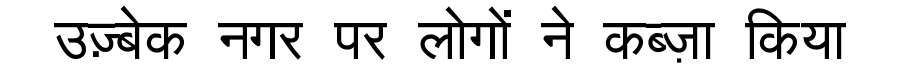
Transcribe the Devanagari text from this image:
उज़्बेक नगर पर लोगों ने कब्ज़ा किया